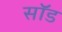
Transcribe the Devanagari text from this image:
सॉड